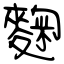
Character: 麴